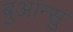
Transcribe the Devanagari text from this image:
बुआन्सु